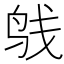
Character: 𲍯